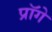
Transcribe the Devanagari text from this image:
प्रॉगे